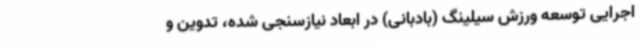
اجرایی توسعه ورزش سیلینگ (بادبانی) در ابعاد نیازسنجی شده، تدوین و